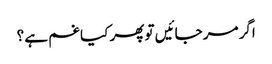
اگر مر جائیں تو پھر کیا غم ہے ؟